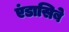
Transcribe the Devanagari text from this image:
एंडासिबे